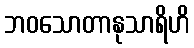
ဘဝသောတာနုသာရိဟိ